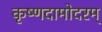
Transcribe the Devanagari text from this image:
कृष्णदामोदरम्